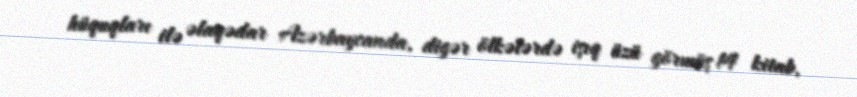
hüquqları ilə əlaqədar Azərbaycanda, digər ölkələrdə işıq üzü görmüş 14 kitab,